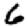
Digit: 6